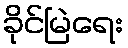
ခိုင်မြဲရေး